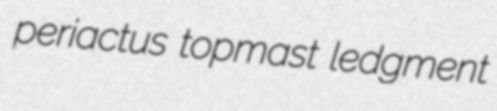
periactus topmast ledgment